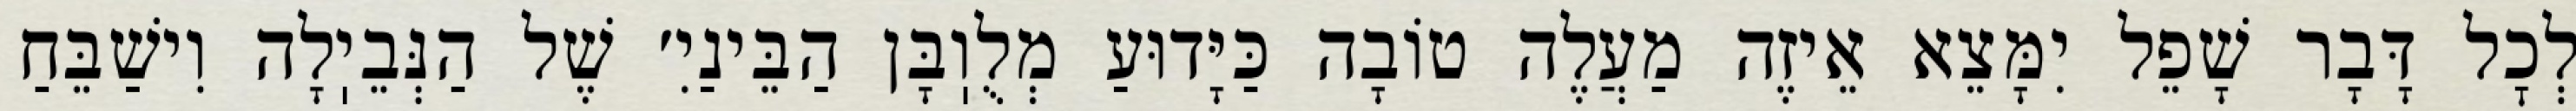
לְכׇל דָּבָר שָׁפֵל יִמָּצֵא אֵיזֶה מַעֲלֶה טוֹבָה כַּיָּדוּעַ מְלֻוֽבָּן הַבֵּינַיִ׳ שֶׁל הַנְּבֵיֽלָה וִישַׁבֵּחַ